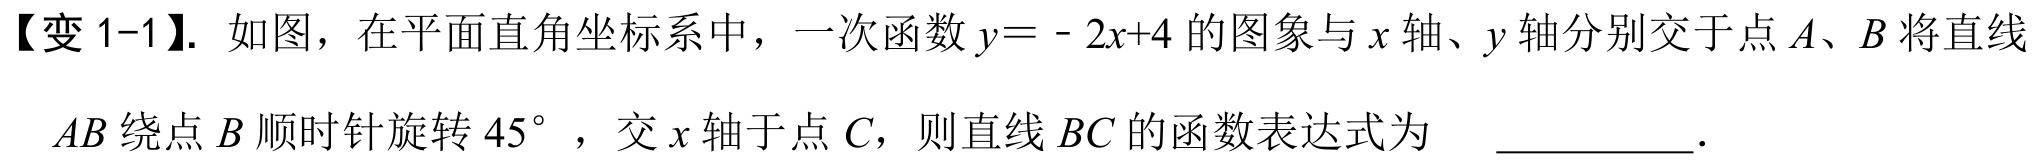
【变 1-1】. 如图，在平面直角坐标系中，一次函数$y = - 2x + 4$的图象与$x$轴、$y$轴分别交于点$A、B$将直线
$AB$绕点$B$顺时针旋转$45^{\circ}$，交$x$轴于点$C$，则直线$BC$的函数表达式为 ___________．